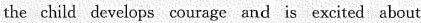
the child develops courage and is excited about